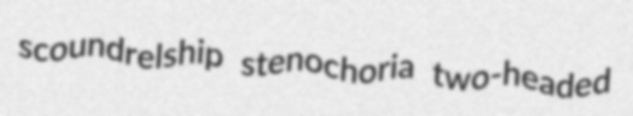
scoundrelship stenochoria two-headed